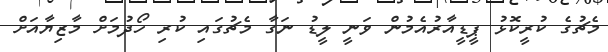
މެޗުގެ ކުރީކޮޅު ޕީޑީއާރުއެމުން ވަނީ ލީޑު ނަގާ މެޗުގައި ކުރި ހޯދުމަށް މާޒިޔާއަށް